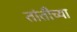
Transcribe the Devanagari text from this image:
तांतीच्या